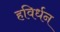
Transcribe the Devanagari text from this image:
हविर्धन